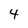
Character: 4